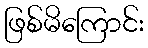
ဖြစ်မိကြောင်း